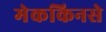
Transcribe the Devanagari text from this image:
मेककिनसे